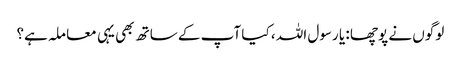
لوگوں نے پوچھا : یا رسول اللہ ، کیا آپ کے ساتھ بھی یہی معا ملہ ہے؟